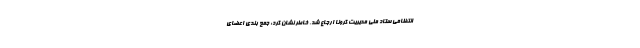
انتظامی ستاد ملی مدیریت کرونا ارجاع شد، خاطر نشان کرد: جمع بندی اعضای